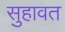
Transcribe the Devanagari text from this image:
सुहावत